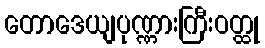
တောဒေယျပုဏ္ဏားကြီးဝတ္ထု